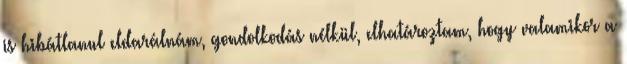
is hibátlanul eldarálnám, gondolkodás nélkül, elhatároztam, hogy valamikor a